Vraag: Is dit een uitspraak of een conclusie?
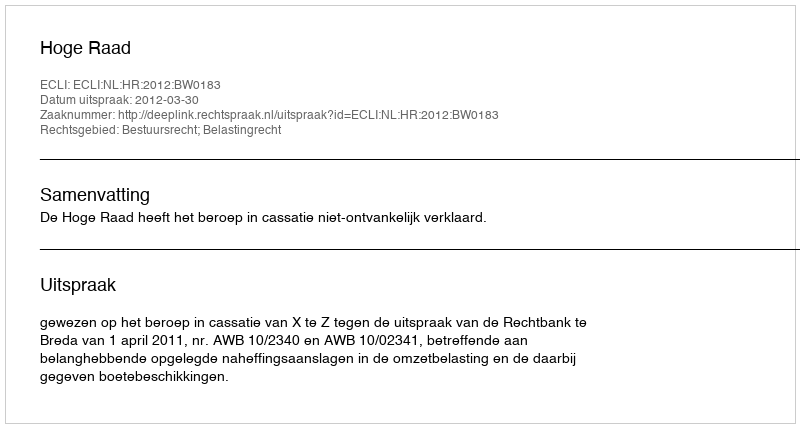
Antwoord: Uitspraak